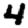
Digit: 4